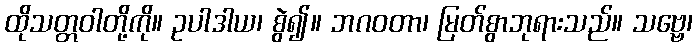
ထိုသတ္တဝါတို့ကို။ ဥပါဒါယ၊ စွဲ၍။ ဘဂဝတာ၊ မြတ်စွာဘုရားသည်။ သဗ္ဗေ၊